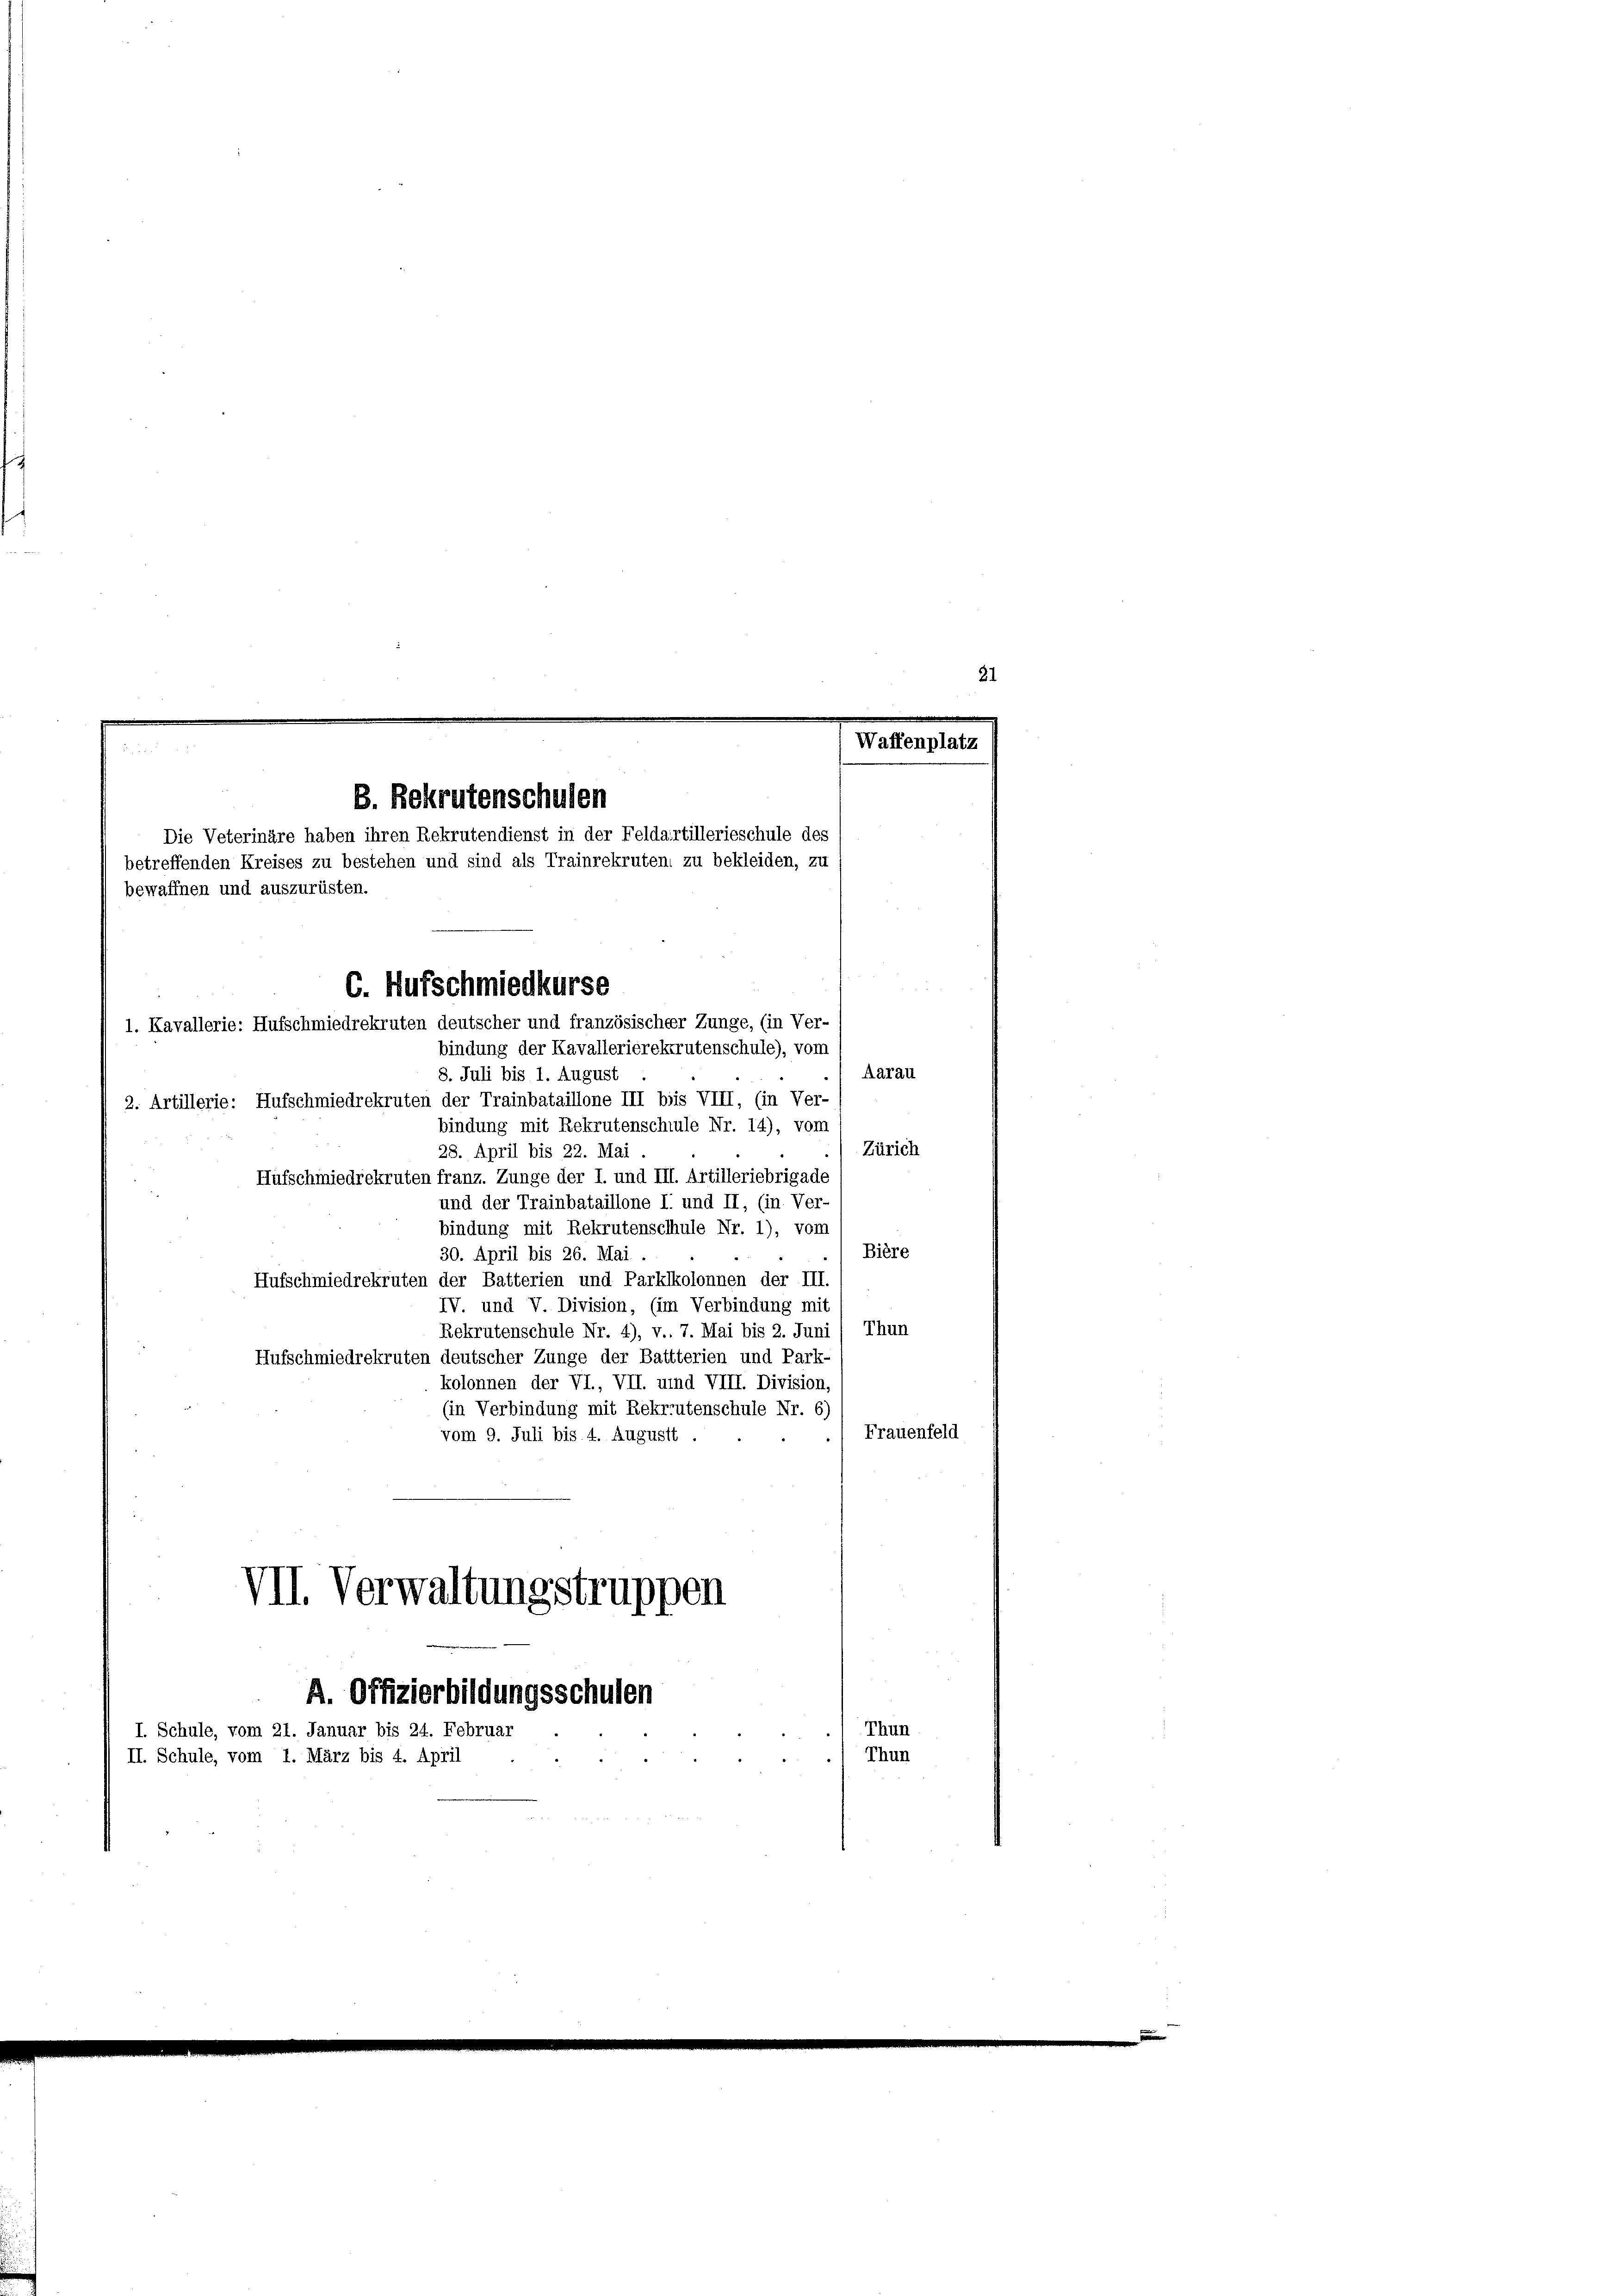
B. Bekrutenschulen
Die Veterinäre haben ihren Rekrutendienst in der Feldartillerieschule des
betreffenden Kreises zu bestehen und sind als Trainrekruten zu bekleiden, zu
bewaffnen und auszurüsten.
C. Aufschmiedkurse
1. Kavallerie: Aufschmiedrekruten deutscher und französischer Zunge, (in Ver-
bindung der Kavallerierekrutenschule), vom

Aarau
8. Juli bis 1. August
2. Artillerie: Hufschmiedrekruten der Trainbataillone III bis VIII, (in Ver-
bindung mit Rekrutenschule Nr. 14), vom
Zürich
28. April bis 22. Mai
Hufschmiedrekruten franz. Zunge der I. und III. Artilleriebrigade
und der Trainbataillone I. und II, (in. Ver-
bindung mit Rekrutenschhule Nr. 1), vom
Bière
30. April bis 26. Mai
Hufschmiedrekruten der Batterien und Parklkolonnen der III.
IV. und V. Division, (im Verbindung mit
Rekrutenschule Nr. 4), v. 7. Mai bis 2. Juni / Thun
Hufschmiedrekruten deutscher Zunge der Battterien und Park-
kolonnen der VI., VII. und VIII. Division,
(in Verbindung mit Rekrutenschule Nr. 6)
Frauenfeld
vom 9. Juli bis 4. Augustt
VII. Verwaltungstruppen

A. Offizierbildungsschulen

I. Schule, vom 21. Januar bis 24. Februar
II. Schule, vom 1. März bis 4. April

21

Waffenplatz

Thun
Thun